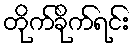
တိုက်ခိုက်ရင်း